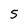
Character: 5